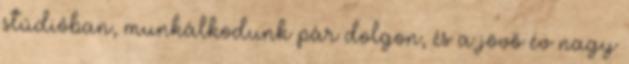
stúdióban, munkálkodunk pár dolgon, és a jövő év nagy